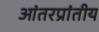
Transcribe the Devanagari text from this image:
आंतरप्रांतीय